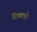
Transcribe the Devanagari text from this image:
टिकाएँ।